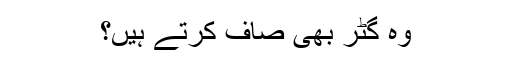
وہ گٹر بھی صاف کرتے ہیں؟